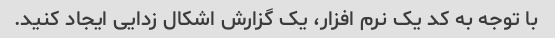
با توجه به کد یک نرم افزار، یک گزارش اشکال زدایی ایجاد کنید.